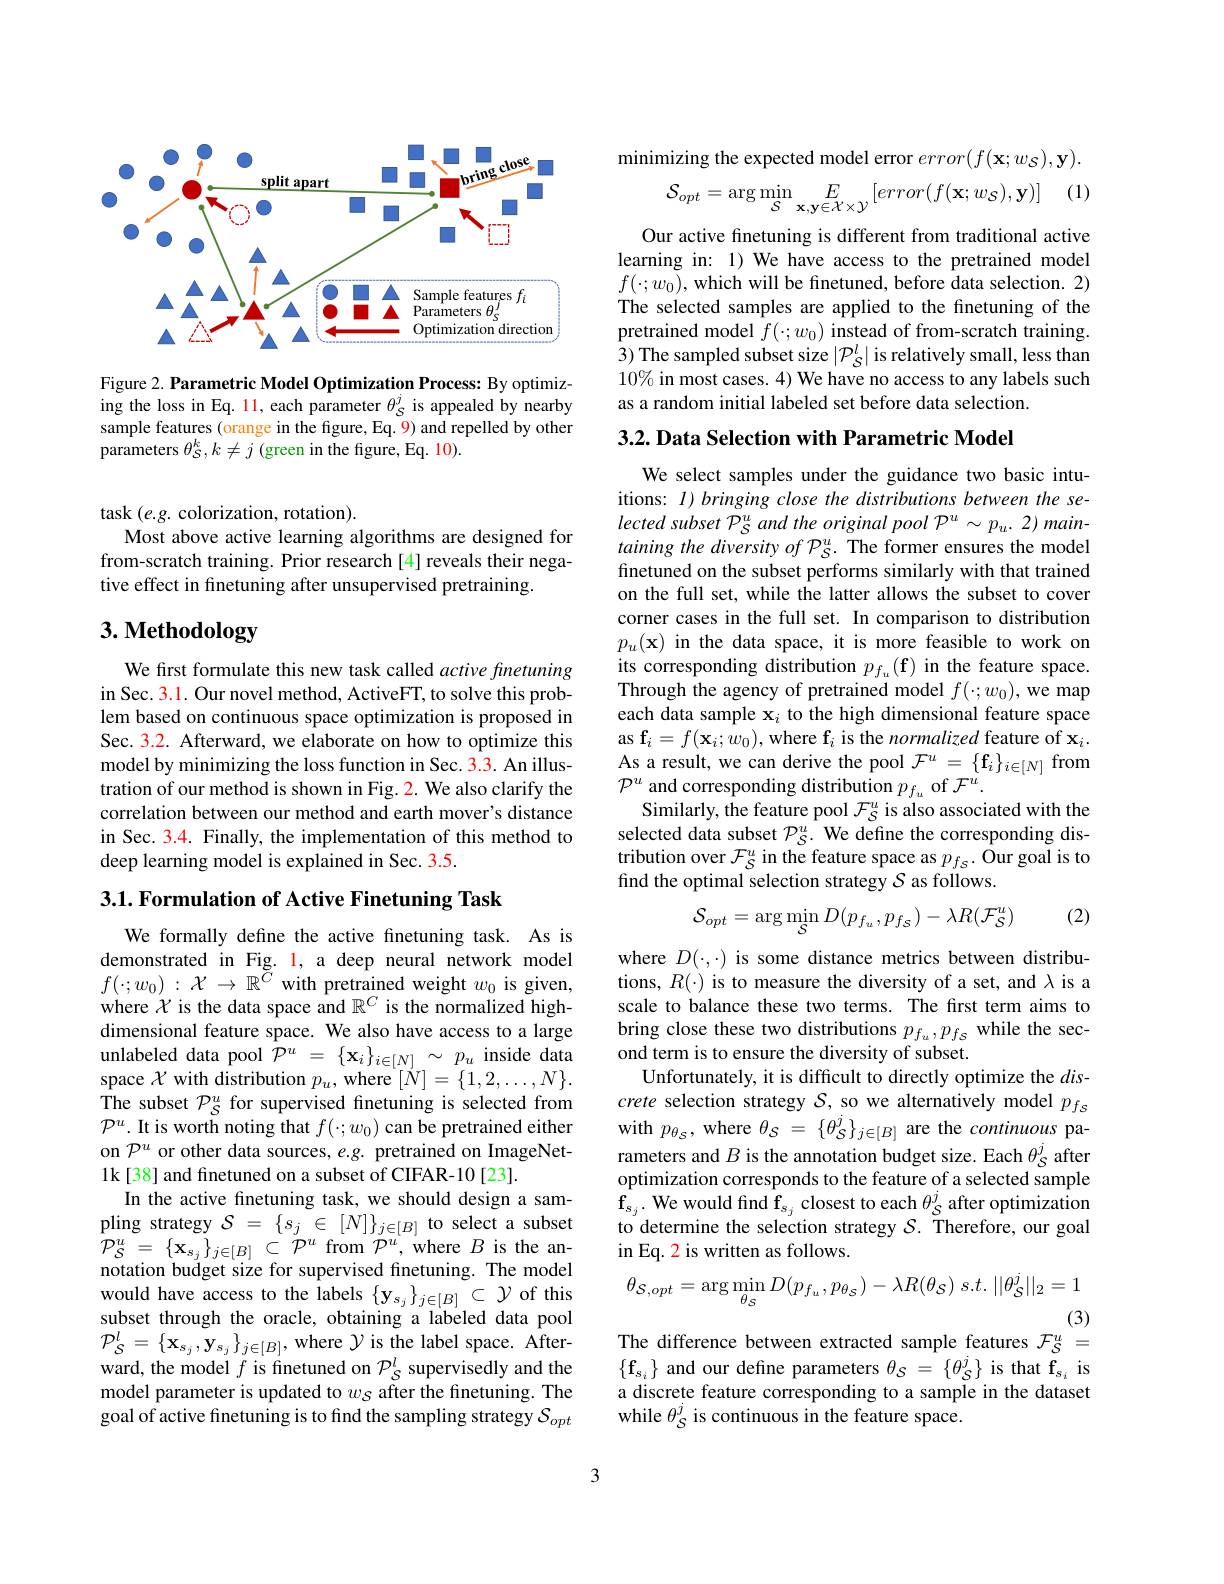
<FigureHere>

Figure 2. Parametric Model Optimization Process: By optimizing the loss in Eq. 11, each parameter $\theta_{\mathcal{S}}^{j}$ is appealed by nearby sample features (orange in the figure, Eq. 9) and repelled by other parameters $\theta_{\mathcal{S}}^k,k\neq j$ (green in the figure, Eq. 10).

task $(e.g.$ colorization, rotation).
Most above active learning algorithms are designed for from-scratch training. Prior research[4] reveals their negative effect in finetuning after unsupervised pretraining.

# 3. Methodology

We first formulate this new task called active finetuning in Sec. 3.1. Our novel method, ActiveFT, to solve this problem based on continuous space optimization is proposed in Sec. 3.2. Afterward, we elaborate on how to optimize this model by minimizing the loss function in Sec. 3.3. An illustration of our method is shown in Fig. 2. We also clarify the correlation between our method and earth mover's distance in Sec. 3.4. Finally, the implementation of this method to deep learning model is explained in Sec. 3.5.

$3. 1. \textbf{Formulation of Active Finetuning Task}$

We formally define the active finetuning task. As is demonstrated in Fig. l, a deep neural network model $f( \cdot ; w_0)$ : $\mathcal{X}$ $\to$ $\mathbb{R} ^{\tilde{C} }$ with pretrained weight $w_0$ is given, where $\mathcal{X}$ is the data space and $\mathbb{R}^C$ is the normalized highdimensional feature space. We also have access to a large unlabeled data pool $\mathcal{P}^u=\{\mathbf{x}_i\}_{i\in[N]}\sim p_u$ inside data space $\mathcal{X}$ with distribution $p_u$, where $[\dot{N}]=\{1,2,\ldots,N\}.$ The subset $\mathcal{P}_S^u$ for supervised finetuning is selected from $\mathcal{P}^{u}.$ It is worth noting that $f(\cdot;w_{0})$ can be pretrained either on $\mathcal{P}^u$ or other data sources, e.g. pretrained on ImageNet- 1k[38] and finetuned on a subset of CIFAR-10[23].
In the active finetuning task, we should design a sam- $\begin{array}{ll}{\mathrm{pling~strategy~}\mathcal{S}=\{s_{j}\in[N]\}_{j\in[B]}\text{to select a subset}}\\{\mathcal{P}_{\mathcal S}^{u}=\{\mathbf{x}_{s_{j}}\}_{j\in[B]}\subset\mathcal{P}^{u}\text{from }\mathcal{P}^{u},\text{where }B\text{ is the an-}}\end{array}$ notation budget size for supervised finetuning. The model would have access to the labels $\{\mathbf{y}_{s_j}\}_{j\in[B]}\subset\mathcal{Y}$ of this subset through the oracle, obtaining a labeled data pool ${\mathcal P}_{\mathcal S}^{l}=\{\mathbf{x}_{s_{j}},\mathbf{y}_{s_{j}}\}_{j\in[B]}$,where $\mathcal{Y}$ is the label space. Afterward, the model $f$ is finetuned on $\mathcal{P}_S^l$ supervisedly and the model parameter is updated to $w_S$ after the finetuning. The goal of active finetuning is to find the sampling strategy $S_opt$

minimizing the expected model error $error(f(\mathbf{x};w_{\mathcal{S}}),\mathbf{y}).$

(1)
$$\mathcal{S}_{opt}=\arg\min_{\mathcal{S}}E_{\mathbf{x},\mathbf{y}\in\mathcal{X}\times\mathcal{Y}}[error(f(\mathbf{x};w_{\mathcal{S}}),\mathbf{y})]$$
Our active finetuning is different from traditional active learning in: 1) We have access to the pretrained model $f(\cdot;w_{0})$,which will be finetuned, before data selection. 2) The selected samples are applied to the finetuning of the pretrained model $f(\cdot;w_{0})$ instead of from-scratch training. 3) The sampled subset size $|\mathcal{P}_S^l|$ is relatively small, less than $10\%$ in most cases. 4) We have no access to any labels such as a random initial labeled set before data selection.

3.2. Data Selection with Parametric Model

We select samples under the guidance two basic intuitions: $I) \textit{bringing close the distributions between the se- }$ $lected~subset~P_{S}^{u}~and~the~original~pool~P^{u}\sim p_{u}.~2)~main-$ taining the diversity of $\mathcal{P}_S^u.$ The former ensures the model finetuned on the subset performs similarly with that trained on the full set, while the latter allows the subset to cover corner cases in the full set. In comparison to distribution $p_u(\mathbf{x})$ in the data space, it is more feasible to work on its corresponding distribution $p_f_u(\mathbf{f})$ in the feature space. Through the agency of pretrained model $f(\cdot;w_0)$, we map each data sample $\mathbf{x}_i$ to the high dimensional feature space as $\mathbf{f}_i=f(\mathbf{x}_i;w_0)$,where f$_i$ is the normalized feature of $\mathbf{x}_i.$ As a result, we can derive the pool $\mathcal{F}^u=\{\mathbf{f}_i\}_{i\in[N]}$ from $\mathcal{P}^{u}$ and corresponding distribution $p_f_u$ of $\mathcal{F}^u.$
Similarly, the feature pool $\mathcal{F}_{\mathcal{S}}^{u}$ is also associated with the selected data subset $\mathcal{P}_S^u.$ We define the corresponding distribution over $\mathcal{F}_S^u$ in the feature space as $p_f_s.$ Our goal is to find the optimal selection strategy $S$ as follows.

(2)
$$\mathcal{S}_{opt}=\arg\min_{\mathcal{S}}D(p_{f_{u}},p_{f\mathcal{S}})-\lambda R(\mathcal{F}_{\mathcal{S}}^{u})$$
where $D(\cdot,\cdot)$ is some distance metrics between distributions, $R(\cdot)$ is to measure the diversity of a set, and $\lambda$ is a scale to balance these two terms. The first term aims to bring close these two distributions $p_{f_u},p_{f_S}$ while the second term is to ensure the diversity of subset.
Unfortunately, it is difficult to directly optimize the $dis-$ crete selection strategy $S$, so we alternatively model $p_{fs}$ with $p_{\theta_S}$, where $\theta_S=\{\theta_\mathcal{S}\}_{j\in[B]}$ are the continuous parameters and $B$ is the annotation budget size. Each $\theta_{\mathcal{S}}^{j}$ after optimization corresponds to the feature of a selected sample $\mathbf{f}_{s_j}.$ We would find f$_s_j$ closest to each $\theta_S^j$ after optimization to determine the selection strategy $\mathcal{S}.$ Therefore, our goal in Eq. 2 is written as follows.
$$\theta_{\mathcal{S},opt}=\arg\min_{\theta_{\mathcal{S}}}D(p_{f_{u}},p_{\theta_{\mathcal{S}}})-\lambda R(\theta_{\mathcal{S}})\:s.t.\:||\theta_{\mathcal{S}}^{j}||_{2}=1$$
(3)
The difference between extracted sample features $\mathcal{F}_S^u=$

$\{\mathbf{f}_{s_i}\}$ and our define parameters $\theta_\mathcal{S}=\{\theta_\mathcal{S}^j\}$ is that $\mathbf f_{s_i}$ is a discrete feature corresponding to a sample in the dataset while $\theta_{\mathcal{S}}^{j}$ is continuous in the feature space.

3